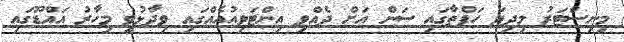
މިނިސްޓަރު މިދިޔަ ހަފްތާގައި ސަން އަށް ދެއްވި އިންޓަވިއުއެއްގައި ވިދާޅުވީ މިހާރު އައްޑޫގައި